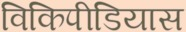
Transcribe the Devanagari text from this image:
विकिपीडियास